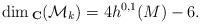
LaTeX: \begin{align*}\dim {}_{{\bf C}}({\cal M}_k)=4h^{0,1}(M)-6.\end{align*}